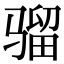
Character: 骝